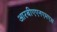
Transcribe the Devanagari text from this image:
आरबीएएनएमएस